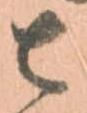
其